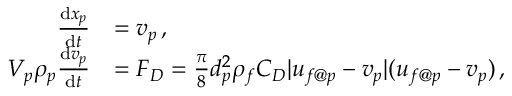
\begin{array} { r l } { \frac { \mathrm { d } \boldsymbol { x } _ { p } } { \mathrm { d } t } } & { = \boldsymbol { v } _ { p } \, , } \\ { V _ { p } \rho _ { p } \frac { \mathrm { d } \boldsymbol { v } _ { p } } { \mathrm { d } t } } & { = \boldsymbol { F } _ { D } = \frac { \pi } { 8 } d _ { p } ^ { 2 } \rho _ { f } C _ { D } | \boldsymbol { u } _ { f @ p } - \boldsymbol { v } _ { p } | ( \boldsymbol { u } _ { f @ p } - \boldsymbol { v } _ { p } ) \, , } \end{array}